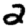
Digit: 2